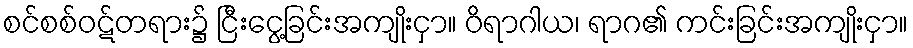
စင်စစ်ဝဋ်တရား၌ ငြီးငွေ့ခြင်းအကျိုးငှာ။ ဝိရာဂါယ၊ ရာဂ၏ ကင်းခြင်းအကျိုးငှာ။